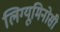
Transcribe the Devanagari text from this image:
लिग्यूमिनोसी